Annual report of the Madras Medical College
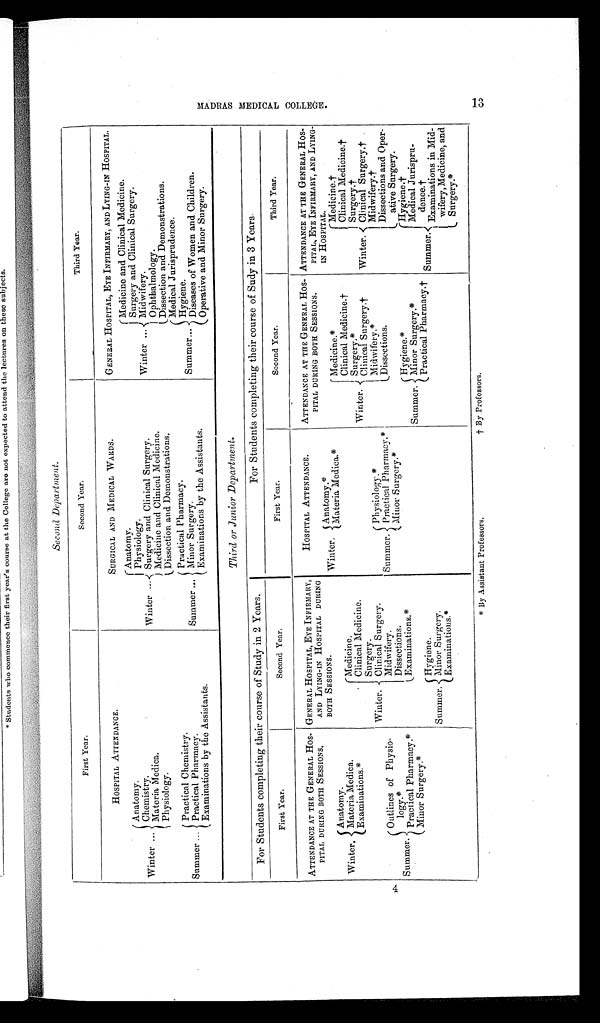
Second Department.
First Year.
Second Year.
Third Year.
HOSPITAL ATTENDANCE.
SURGICAL AND MEDICAL WARDS.
GENERAL HOSPITAL, EYE INFIRMARY, AND LYING-IN HOSPITAL.
Winter ...
Anatomy.
Winter
Anatomy.
Winter ...
Medicine and Clinical Medicine.
Surgery and Clinical Surgery.
Physiology.
Chemistry.
Midwifery.
Surgery and Clinical Surgery.
Materia Medica.
Medicine and Clinical Medicine.
Ophthalmology.
Physiology.
Dissection and Demonstrations.
Dissection and Demonstrations.
Medical Jurisprudence.
Summer ...
Practical Chemistry.
Summer ...
Practical Pharmacy.
Summer
Hygiene.
Minor Surgery.
Practical Pharmacy.
Examinations by the Assistants.
Diseases of Women and Children.
Examinations by the Assistants.
Operative and Minor Surgery.
Third or Junior Department.
For Students completing their course of Study in 2 Years.
For Students completing their course of Sudy in 3 Years.
First Year.
Second Year.
First Year.
Second Year.
Third Year.
ATTENDANCE AT THE GENERAL HOS-
PITAL DURING BOTH SESSIONS.
GENERAL HOSPITAL, EYE INFIRMARY,
AND LYING-IN HOSPITAL DURING
B O T H S E S S I O N S .
HOSPITAL ATTENDANCE.
ATTENDANCE AT THE GENERAL HOS-
PITAL DURING BOTH SESSIONS.
ATTENDANCE AT THE GENERAL HOS
-
PITAL. EYE INFIRMARY, AND LYING
-
IN HOSPITAL.
Winter.
Anatomy.*
Winter.
Medicine.*
Materia Medica.*
Winter.
Medicine.†
Winter.
Anatomy.
Winter.
Medicine.
Clinical Medicine.
†
Clinical Medicine. †
Materia Modica.
Clinical Surgery. †
Surgery.†
Examinations.*
Clinical Medicine.
Summer.
Physiology.*
Clinical Surgery.†
Surgery.
Cinical Surgery.†
Midwifery.*
Midwifery.†
Clinical Surgery.
Summer.
Outlines of Physio-
logy.*
Midwifery.
Practical Pharmacy.*
Dissections.
Dissections and Oper-
ative Surgery.
Dissections.
Minor Surgery.*
Summer.
Hygiene.*
Practical Pharmacy.*
Examinations.*
S u m m e r .
Hygiene.†
M e d i c a l J u r i s p r u -
d e n c e . †
Minor Surgery.*
Minor Surgery.*
Summer.
Hygiene.
Practical Pharmacy.†
Examinations in Mid-
wifery, Medicine, and
Surgery.*
Minor Surgery.
Examinations.*
M A D R A S M E D I C A L C O L L E G E . 1 3